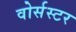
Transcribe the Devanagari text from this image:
वोर्सस्टर